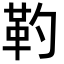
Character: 靮